Annual report of the Imperial Bacteriologist
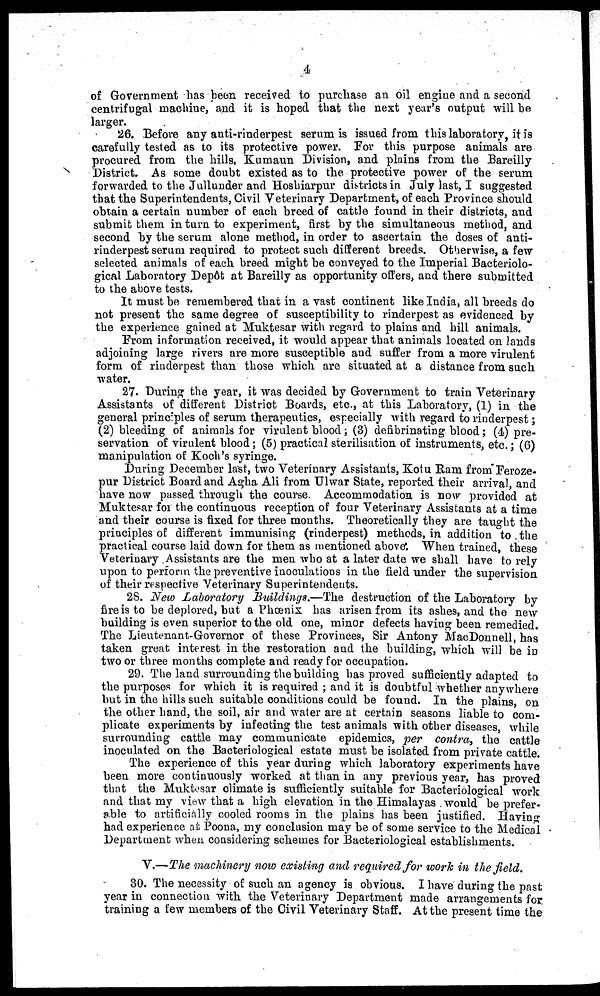
4
of Government has been received to purchase an oil engine and a second
centrifugal machine, and it is hoped that the next year's output will be
larger.
26. Before any anti-rinderpest serum is issued from this laboratory, it is
carefully tested as to its protective power. For this purpose animals are
procured from the hills, Kumaun Division, and plains from the Bareilly
District. As some doubt existed as to the protective power of the serum
forwarded to the Jullunder and Hoshiarpur districts in July last, I suggested
that the Superintendents, Civil Veterinary Department, of each Province should
obtain a certain number of each breed of cattle found in their districts, and
submit them in turn to experiment, first by the simultaneous method, and
second by the serum alone method, in order to ascertain the doses of anti-
rinderpest serum required to protect such different breeds. Otherwise, a few
selected animals of each breed might be conveyed to the Imperial Bacteriolo-
gical Laboratory Depôt at Bareilly as opportunity offers, and there submitted
to the above tests.
It must be remembered that in a vast continent like India, all breeds do
not present the same degree of susceptibility to rinderpest as evidenced by
the experience gained at Muktesar with regard to plains and hill animals.
From information received, it would appear that animals located on lands
adjoining large rivers are more susceptible and suffer from a more virulent
form of rinderpest than those which are situated at a distance from such
water.
27. During the year, it was decided by Government to train Veterinary
Assistants of different District Boards, etc., at this Laboratory, (1) in the
general principles of serum therapeutics, especially with regard to rinderpest;
(2) bleeding of animals for virulent blood; (3) defibrinating blood; (4) pre-
servation of virulent blood; (5) practical sterilisation of instruments, etc.; (6)
manipulation of Koch's syringe.
During December last, two Veterinary Assistants, Kotu Ram from Feroze-
pur District Board and Agha Ali from Ulwar State, reported their arrival, and
have now passed through the course. Accommodation is now provided at
Muktesar for the continuous reception of four Veterinary Assistants at a time
and their course is fixed for three months. Theoretically they are taught the
principles of different immunising (rinderpest) methods, in addition to the
practical course laid down for them as mentioned above. When trained, these
Veterinary Assistants are the men who at a later date we shall have to rely
upon to perform the preventive inoculations in the field under the supervision
of their respective Veterinary Superintendents.
28. New Laboratory Buildings.—The destruction of the Laboratory by
fire is to be deplored, but a Phœnix has arisen from its ashes, and the new
building is even superior to the old one, minor defects having been remedied.
The Lieutenant-Governor of these Provinces, Sir Antony MacDonnell, has
taken great interest in the restoration and the building, which will be in
two or three months complete and ready for occupation.
29. The land surrounding the building has proved sufficiently adapted to
the purposes for which it is required ; and it is doubtful whether anywhere
but in the hills such suitable conditions could be found. In the plains, on
the other hand, the soil, air and water are at certain seasons liable to com-
plicate experiments by infecting the test animals with other diseases, while
surrounding cattle may communicate epidemics, per contra, the cattle
inoculated on the Bacteriological estate must be isolated from private cattle.
The experience of this year during which laboratory experiments have
been more continuously worked at than in any previous year, has proved
that the Muktesar climate is sufficiently suitable for Bacteriological work
and that my view that a high elevation in the Himalayas . would be prefer-
able to artificially cooled rooms in the plains has been justified. Having
had experience at Poona, my conclusion may be of some service to the Medical
Department when considering schemes for Bacteriological establishments.
V.—The machinery now existing and required for work in the field.
30. The necessity of such an agency is obvious. I have during the past
year in connection with the Veterinary Department made arrangements for
training a few members of the Civil Veterinary Staff. At the present time the